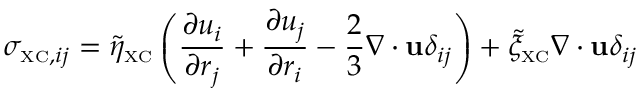
\sigma _ { { \scriptscriptstyle \mathrm { X C } } , i j } = \tilde { \eta } _ { \scriptscriptstyle \mathrm { X C } } \left( \frac { \partial u _ { i } } { \partial r _ { j } } + \frac { \partial u _ { j } } { \partial r _ { i } } - \frac { 2 } { 3 } \nabla \cdot { \bf u } \delta _ { i j } \right) + \tilde { \xi } _ { \scriptscriptstyle \mathrm { X C } } \nabla \cdot { \bf u } \delta _ { i j }